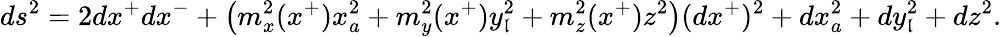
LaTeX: ds^{2}=2dx^{+}dx^{-}+\left(m_{x}^{2}(x^{+})x_{a}^{2}+m_{y}^{2}(x^{+})y_{\mathfrak{l}}^{2}+m_{z}^{2}(x^{+})z^{2}\right)(dx^{+})^{2}+dx_{a}^{2}+dy_{\mathfrak{l}}^{2}+dz^{2}.